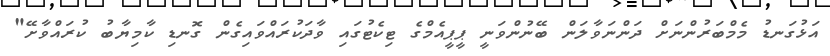
އަޅުގަނޑު މެމްބަރުންނަށް ދަންނަވާލަން ބޭނުންވަނީ ޕީޕީއެމްގެ ޓިކެޓުގައި ވާދަކުރައްވައިގެން ގޮނޑި ކާމިޔާބު ކުރައްވާށޭ"